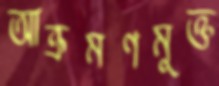
আক্রমণমুক্ত